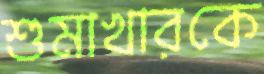
শুমাখারকে